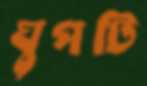
ঘুপটি